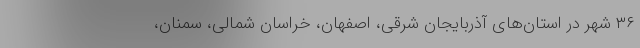
۳۶ شهر در استان‌های آذربایجان شرقی، اصفهان، خراسان شمالی، سمنان،